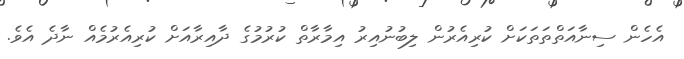
އެހެން ސިނާއަތްތަތަކަށް ކުރިއެރުން ލިބުނުއިރު އިމާރާތް ކުރުމުގެ ދާއިރާއަށް ކުރިއެރުމެއް ނާދެ އެވެ.